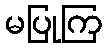
မပြုကြ